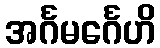
အင်္ဂမင်္ဂေဟိ